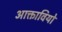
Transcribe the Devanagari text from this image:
आक्तावियो